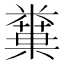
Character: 𥼢